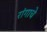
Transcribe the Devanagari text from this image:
रांगाचे